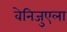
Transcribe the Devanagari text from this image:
वेनिजुएला